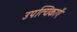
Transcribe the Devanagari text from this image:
उपत्यिकाएँ